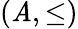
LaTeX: (\mathit{A},{\leq})